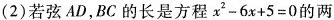
(2)若弦AD，BC的长是方程 $$x ^ { 2 }- 6 x + 5 = 0$$ 的两